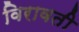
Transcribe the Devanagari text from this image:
विरावती